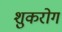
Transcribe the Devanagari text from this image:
शुकरोग